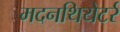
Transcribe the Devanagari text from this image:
मदनथियेटर्र